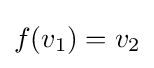
f(v_{1})=v_{2}